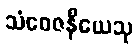
သံဝေဇနီယေသု